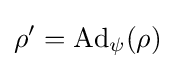
\rho '=\operatorname {Ad} _{\psi }(\rho )